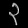
Digit: ၃